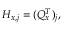
H _ { x , j } = ( Q _ { x } ^ { T } ) _ { j } ,